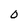
Character: 0